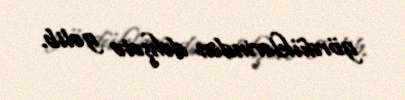
gördüklərindən dəhşətə gəlib.